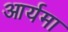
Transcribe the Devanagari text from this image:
आर्यमा